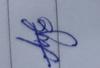
Signature authenticity: genuine